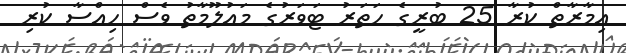
އިމާރާތް ކުރާ 25 ބުރީގެ ހަތަރު ޓަވަރުގެ މައުލޫމާތު ވެސް ހިއްސާ ކުރި